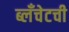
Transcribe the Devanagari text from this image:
ब्लँचेटची